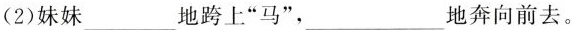
(2)妹妹___地跨上”马”，___地奔向前去。